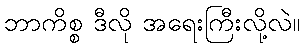
ဘာကိစ္စ ဒီလို အရေးကြီးလို့လဲ။